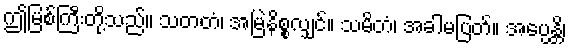
ဤမြစ်ကြီးတို့သည်။ သတတံ၊ အမြဲနိစ္စလျှင်။ သမိတံ၊ အခါမပြတ်။ အပ္ပေန္တိ၊